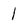
Character: 1